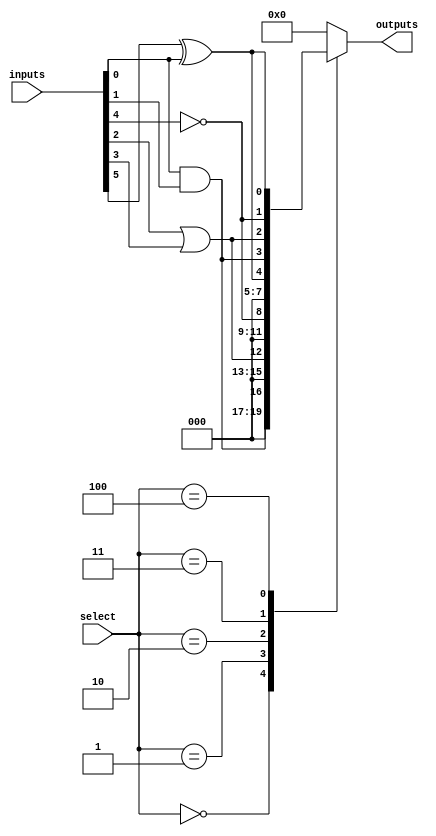
module CLB (
    input wire [5:0] inputs,      // 6 inputs (can be reduced to 2-6 as needed)
    input wire [2:0] select,      // Select lines for multiplexer
    output wire [3:0] outputs      // 4 outputs
);

// Internal signals for logic operations
wire and_out, or_out, not_out, xor_out;

// Basic logic gates
assign and_out = inputs[0] & inputs[1]; // AND gate
assign or_out  = inputs[2] | inputs[3]; // OR gate
assign not_out = ~inputs[4];             // NOT gate
assign xor_out = inputs[5] ^ inputs[0]; // XOR gate

// Multiplexer to select output based on select lines
always @(*) begin
    case (select)
        3'b000: outputs = {3'b000, and_out}; // Output from AND gate
        3'b001: outputs = {3'b000, or_out};  // Output from OR gate
        3'b010: outputs = {3'b000, not_out}; // Output from NOT gate
        3'b011: outputs = {3'b000, xor_out}; // Output from XOR gate
        3'b100: outputs = {and_out, or_out, not_out, xor_out}; // Combined output
        default: outputs = 4'b0000; // Default case
    endcase
end

endmodule